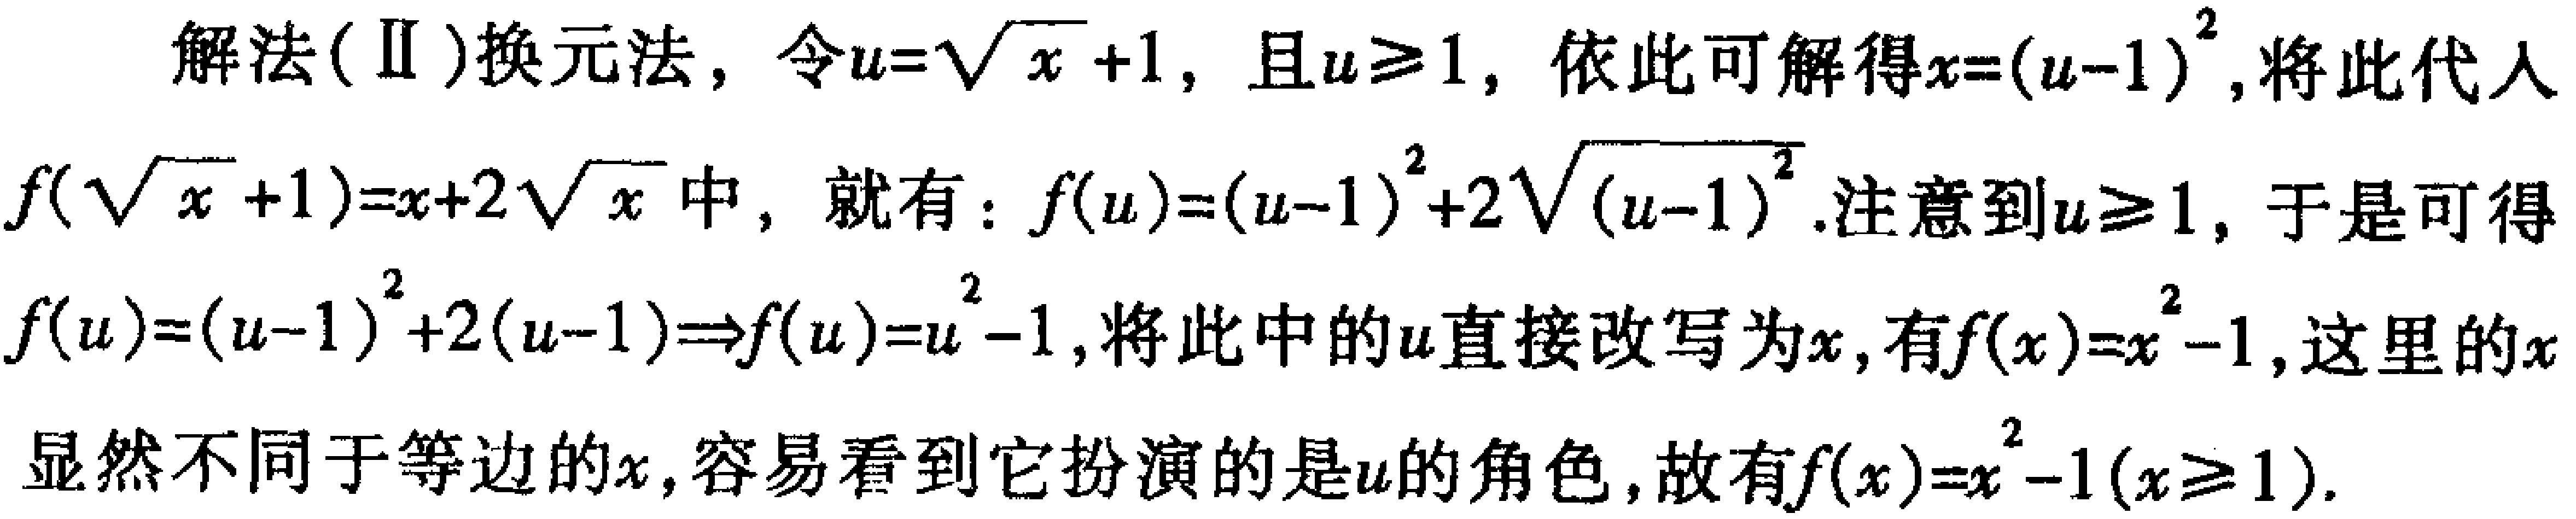
解法(Ⅱ)换元法，令\(u = \sqrt{x}+1\)，且\(u\geq1\)，依此可解得\(x=(u - 1)^2\)，将此代入\(f(\sqrt{x}+1)=x + 2\sqrt{x}\)中，就有：\(f(u)=(u - 1)^2+2\sqrt{(u - 1)^2}\)。注意到\(u\geq1\)，于是可得\(f(u)=(u - 1)^2+2(u - 1)\Rightarrow f(u)=u^2 - 1\)，将此中的\(u\)直接改写为\(x\)，有\(f(x)=x^2 - 1\)，这里的\(x\)显然不同于等边的\(x\)，容易看到它扮演的是\(u\)的角色，故有\(f(x)=x^2 - 1(x\geq1)\)。